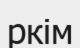
ркім